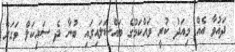
ދައުވާ އެއް މިއަދު ކުރީ ވައްކަމުގެ މައްސަލައިގައި ބުނާ ދެ ސައިކަލް ވަގަށް